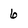
Character: 6